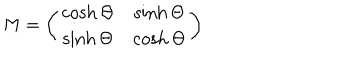
{ \bf \sf M } = \left( \begin{matrix} { { \cosh \Theta } } & { { \sinh \Theta } } \\ { { \sinh \Theta } } & { { \cosh \Theta } } \\ \end{matrix} \right)